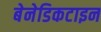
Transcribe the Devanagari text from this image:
बेनेडिकटाइन